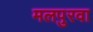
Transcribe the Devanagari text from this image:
मलपुरवा